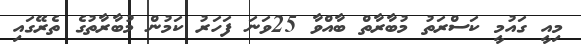
މިއީ ގައުމީ ކަސްރަތު މުބާރާތް ބާއްވާ 25ވަނަ ފަހަރު ކަމުން މުބާރާތުގެ ތެރޭގައި